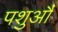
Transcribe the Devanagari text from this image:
पशुऔं